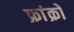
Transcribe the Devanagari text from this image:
फ्रांक्रो